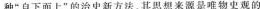
种”自下而上”的治史新方法，其思想来源是唯物史观的